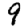
Digit: 9